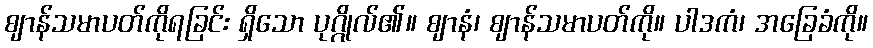
ဈာန်သမာပတ်ကိုရခြင်း ရှိသော ပုဂ္ဂိုလ်၏။ ဈာနံ၊ ဈာန်သမာပတ်ကို။ ပါဒကံ၊ အခြေခံကို။